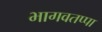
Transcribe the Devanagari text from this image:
भागवतप्पा